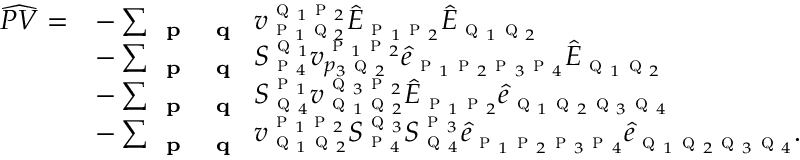
\begin{array} { r l } { \widehat { P V } = } & { - \sum _ { \substack { \textbf { \textsc { p } } \textbf { \textsc { q } } } } v _ { \textsc { p } _ { 1 } \textsc { q } _ { 2 } } ^ { \textsc { q } _ { 1 } \textsc { p } _ { 2 } } \hat { E } _ { \textsc { p } _ { 1 } \textsc { p } _ { 2 } } \hat { E } _ { \textsc { q } _ { 1 } \textsc { q } _ { 2 } } } \\ & { - \sum _ { \textbf { \textsc { p } } \textbf { \textsc { q } } } S _ { \textsc { p } _ { 4 } } ^ { \textsc { q } _ { 1 } } { v } _ { p _ { 3 } \textsc { q } _ { 2 } } ^ { \textsc { p } _ { 1 } \textsc { p } _ { 2 } } \hat { e } _ { \textsc { p } _ { 1 } \textsc { p } _ { 2 } \textsc { p } _ { 3 } \textsc { p } _ { 4 } } \hat { E } _ { \textsc { q } _ { 1 } \textsc { q } _ { 2 } } } \\ & { - \sum _ { \textbf { \textsc { p } } \textbf { \textsc { q } } } S _ { \textsc { q } _ { 4 } } ^ { \textsc { p } _ { 1 } } { v } _ { \textsc { q } _ { 1 } \textsc { q } _ { 2 } } ^ { \textsc { q } _ { 3 } \textsc { p } _ { 2 } } \hat { E } _ { \textsc { p } _ { 1 } \textsc { p } _ { 2 } } \hat { e } _ { \textsc { q } _ { 1 } \textsc { q } _ { 2 } \textsc { q } _ { 3 } \textsc { q } _ { 4 } } } \\ & { - \sum _ { \textbf { \textsc { p } } \textbf { \textsc { q } } } { v } _ { \textsc { q } _ { 1 } \textsc { q } _ { 2 } } ^ { \textsc { p } _ { 1 } \textsc { p } _ { 2 } } S _ { \textsc { p } _ { 4 } } ^ { \textsc { q } _ { 3 } } S _ { \textsc { q } _ { 4 } } ^ { \textsc { p } _ { 3 } } \hat { e } _ { \textsc { p } _ { 1 } \textsc { p } _ { 2 } \textsc { p } _ { 3 } \textsc { p } _ { 4 } } \hat { e } _ { \textsc { q } _ { 1 } \textsc { q } _ { 2 } \textsc { q } _ { 3 } \textsc { q } _ { 4 } } . } \end{array}